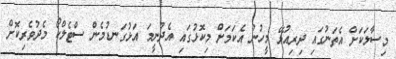
މިސާލަކަށް އެތަނުގައި ދިރިއުޅޭ މީހުން އެކަމަށް މިކޮޅުގައި އެދުނީމަ އަޅުގަނޑުމެން ސްޓެލްކޯ މެދުވެރިކޮށް